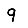
Digit: 9